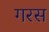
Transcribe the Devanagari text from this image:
गरस